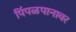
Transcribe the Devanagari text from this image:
पिंपळपानावर